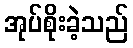
အုပ်စိုးခဲ့သည်